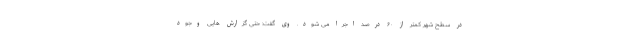
در سطح شهر کمتر از ۶۰ درصد اجرا می شود. وی گفت: حتی گزارش هایی وجود